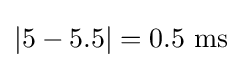
|5-5.5|=0.5~{\text{ms}}